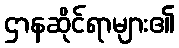
ဌာနဆိုင်ရာများ၏